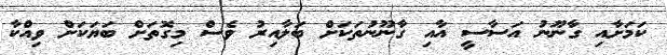
ކަމަށާއި ގާނޫނު އަސާސީ އާއި ގާނޫނުތަކަށް ބަލާއިރު ވެސް މިގޮތަށް ބަޔަކަށް ވިއްކާ